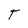
Character: T